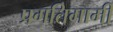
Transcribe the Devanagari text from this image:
प्रगतिगामी